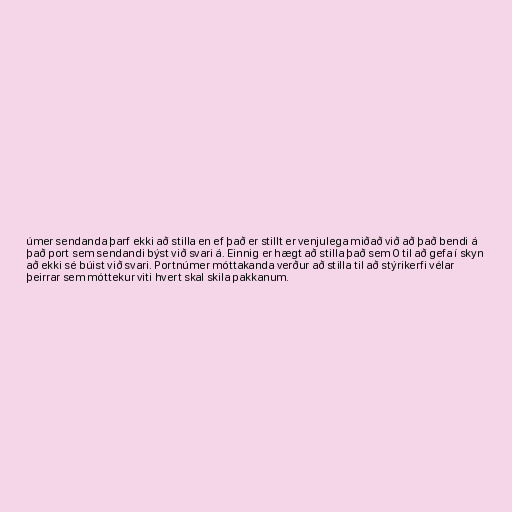
úmer sendanda þarf ekki að stilla en ef það er stillt er venjulega miðað við að það bendi á
það port sem sendandi býst við svari á. Einnig er hægt að stilla það sem 0 til að gefa í skyn
að ekki sé búist við svari. Portnúmer móttakanda verður að stilla til að stýrikerfi vélar
þeirrar sem móttekur viti hvert skal skila pakkanum.